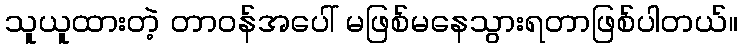
သူယူထားတဲ့ တာဝန်အပေါ် မဖြစ်မနေသွားရတာဖြစ်ပါတယ်။